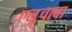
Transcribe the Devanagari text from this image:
एल्रुचाबा